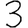
Digit: 3